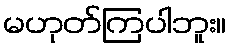
မဟုတ်ကြပါဘူး။